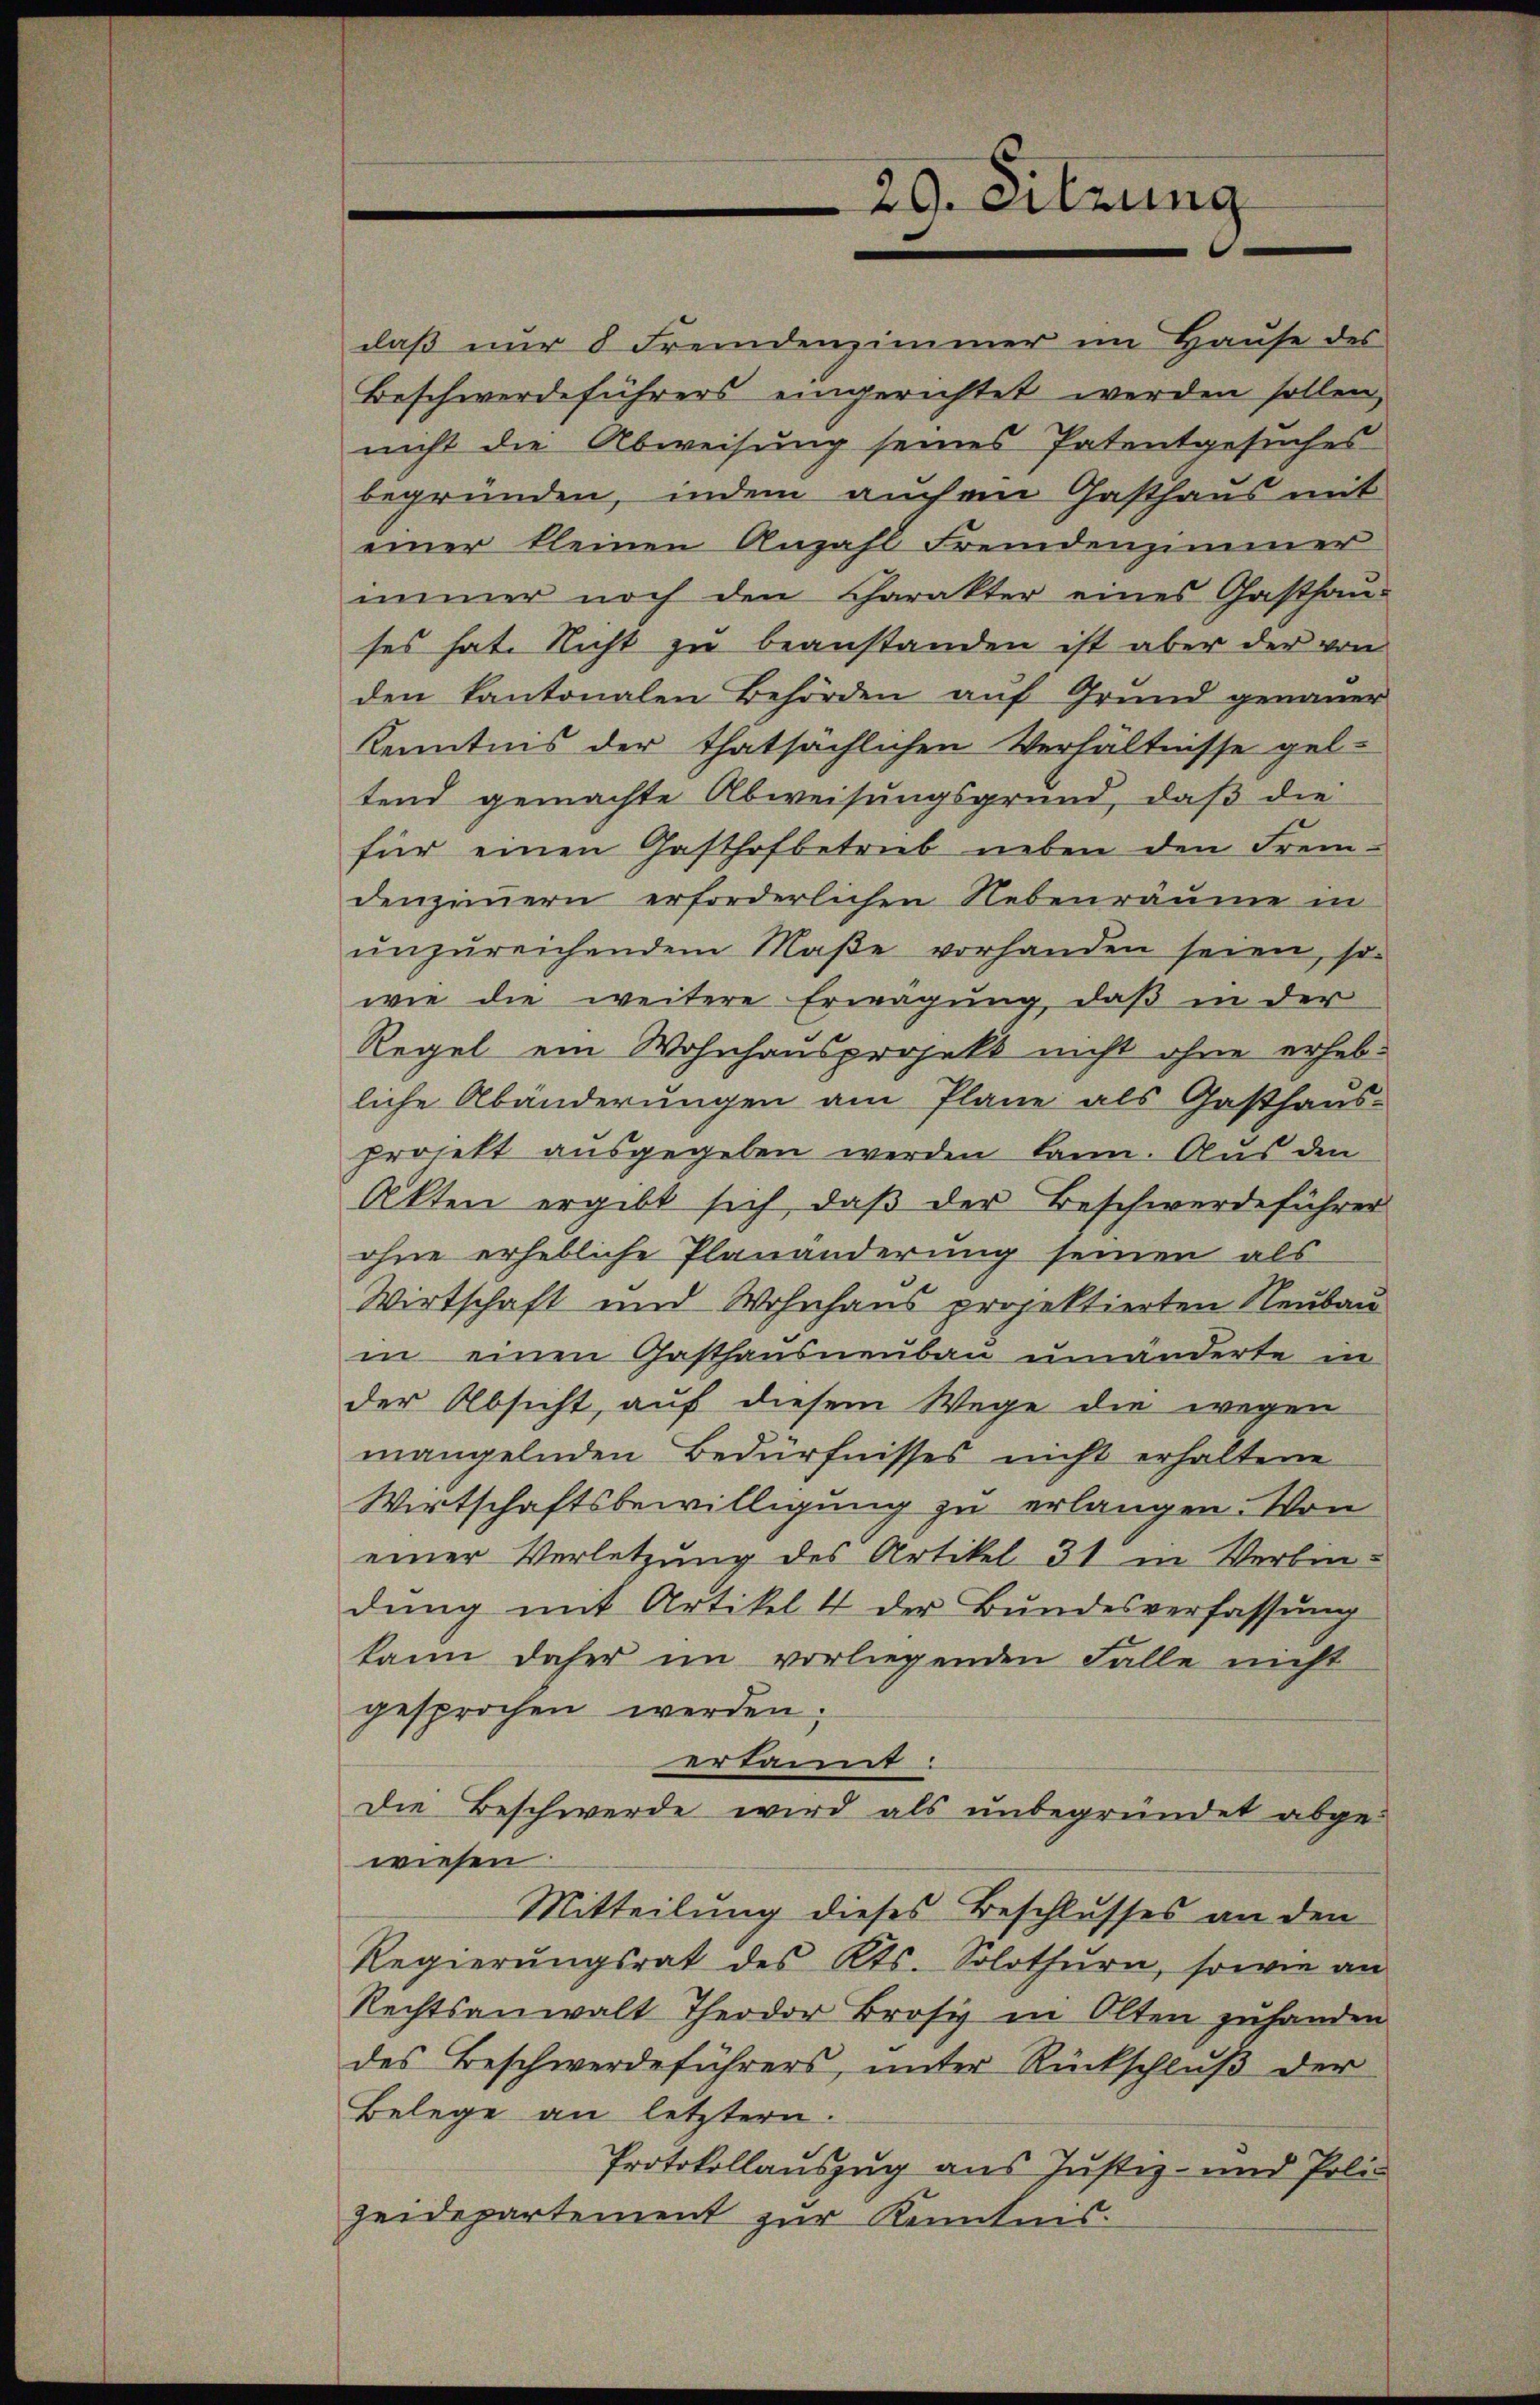
Kenntnis der thatsächlichen Verhältnisse gel-
tend gemachte Abweisungsgrund, daß die
für einen Gasthofbetrüb neben den Fremdenzimmern erforderlichen Nebenräume in
ŭnzŭreichendem Maβe vorhanden seien, so
wie die weitere Erwägung, daß in der
Regel ein Wohnhausprojekt nicht ohne erhebliche Abänderungen am Plane als Gasthaus-
projekt ausgegeben werden kann. Aus den
Akten ergibt sich, daβ der Beschwerdeführer
ohne erhebliche Planänderung seinen als
Wirtschaft und Wohnhaus projektierten Neubau
in einen Gasthausneubau umänderte in
der Absicht, auf diesem Wege die wegen
mangelnden Bedürfnisses nicht erhaltene
Wirtschaftsbewilligung zu erlangen. Von
einer Verletzung des Artikel 31 in Verbin-
dung mit Artikel 4 der Bundesverfassung
kann daher im vorliegenden Falle nicht
gesprochen werden.
erkannt:
Die Beschwerde wird als unbegründet abgewiesen.
Mitteilung dieses Beschlusses an den
Regierŭngsrat des Kts. Solothŭrn, sowie an
Rechtsanwalt Theodor Brosis in Olten zuhanden
des Beschwerdeführers, unter Rückschluß der
Belege an letztern.
Protokollauszug aus Justiz- und Polizeidepartement zur Kenntnis:

daß nur 8 Fremdenzimmer im Hause des
Beschwerdeführers eingerichtet werden sollen,
nicht die Abweisung seines Patentgesuches
begründen, indem auchen Gasthaus mit
einer kleinen Anzahl Fremdenzimmer
immer noch den Charakter eines Gasthaus
ses hat. Nicht zu beanstanden ist aber der von
den kantonalen Behörden auf Grund genauer

29. Sitzung